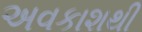
અવકાશથી